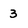
Character: 3